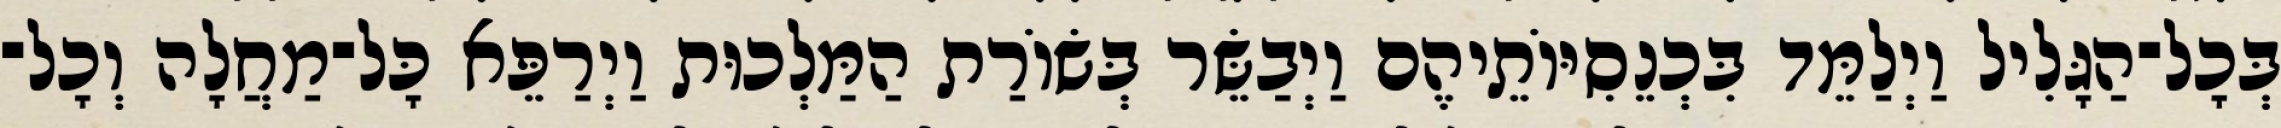
בְּכָל־הַגָּלִיל וַיְלַמֵּד בִּכְנֵסִיּוֹתֵיהֶם וַיְבַשֵּׂר בְּשׂוֹרַת הַמַּלְכוּת וַיְרַפֵּא כָּל־מַחֲלָה וְכָל־